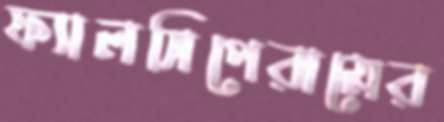
ফ্যালসিপেরামের